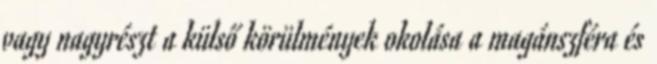
vagy nagyrészt a külső körülmények okolása a magánszféra és